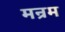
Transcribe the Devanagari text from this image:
मन्रम